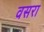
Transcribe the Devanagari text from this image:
वसरा